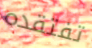
تفتقده